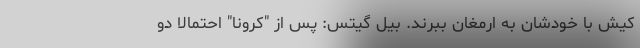
کیش با خودشان به ارمغان ببرند. بیل گیتس: پس از "کرونا" احتمالا دو